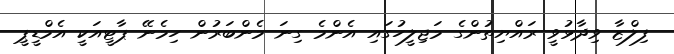
ފިލްޒާ ވިދާޅުވީ ރައްޔިތުންގެ މަޖިލީހުގައި އެންމެ ގިނަ މެންބަރުން ހިމެނޭ ޕާޓީއަކީ އެމްޑީޕީ